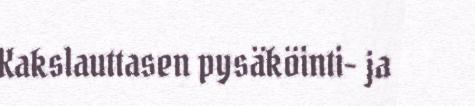
Kakslauttasen pysäköinti- ja